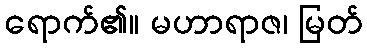
ရောက်၏။ မဟာရာဇ၊ မြတ်